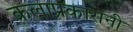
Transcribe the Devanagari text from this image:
कलाप्रकारांनी